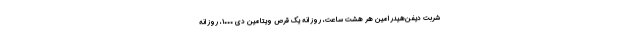
شربت دیفن‌هیدرامین هر هشت ساعت، روزانه یک قرص ویتامین دی ۱۰۰۰، روزانه